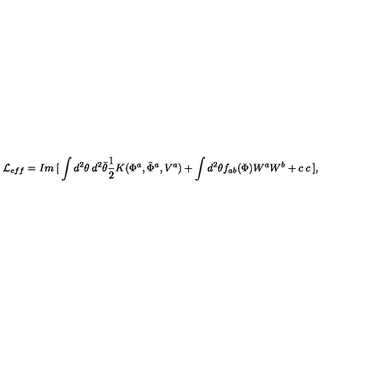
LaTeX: { \cal L } _ { e f f } = I m \: [ \: \int d ^ { 2 } \theta \: d ^ { 2 } \bar { \theta } \frac { 1 } { 2 } K ( \Phi ^ { a } , \bar { \Phi } ^ { a } , V ^ { a } ) + \int d ^ { 2 } \theta f _ { a b } ( \Phi ) W ^ { a } W ^ { b } + c \: c \: ] ,